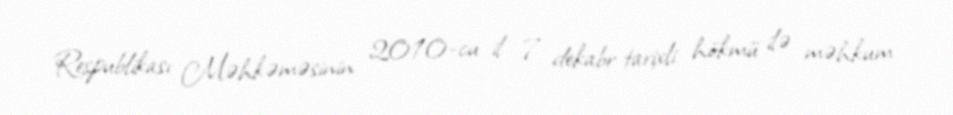
Respublikası Məhkəməsinin 2010-cu il 7 dekabr tarixli hökmü ilə məhkum